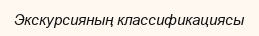
Экскурсияның классификациясы